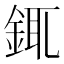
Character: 銸